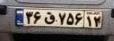
۳۶ق۷۵۶۱۲